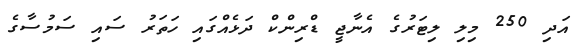
އަދި 250 މިލި ލިޓަރުގެ އެނާޖީ ޑްރިންކް ދަޅެއްގައި ހަތަރު ސައި ސަމުސާގެ